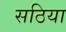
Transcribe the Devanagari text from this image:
सठिया